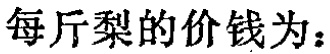
每斤梨的价钱为：